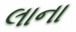
લાના